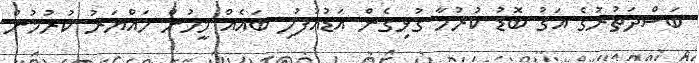
ބަސްދަތުރުގެ އަގު ބޮޑު ކުރުމާ ގުޅިގެން އަޑުއުފުލި ބައެއް މީހުން ހައްޔަރު ކުރުމުން